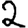
Digit: 2